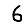
Digit: 6